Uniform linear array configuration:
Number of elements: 64
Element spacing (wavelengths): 0.25
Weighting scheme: blackman
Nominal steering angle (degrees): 15
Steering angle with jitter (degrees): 15.221
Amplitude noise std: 0.05
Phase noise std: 0.05

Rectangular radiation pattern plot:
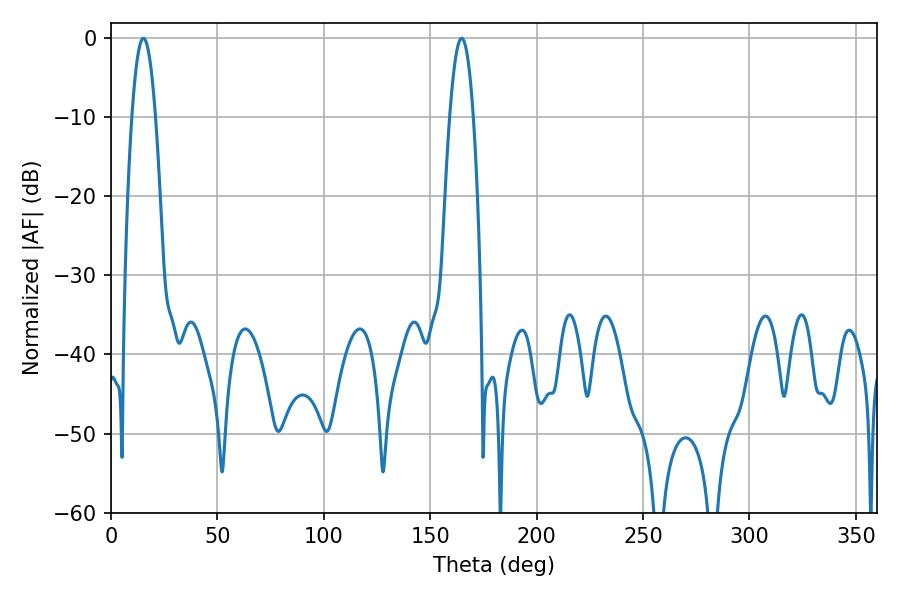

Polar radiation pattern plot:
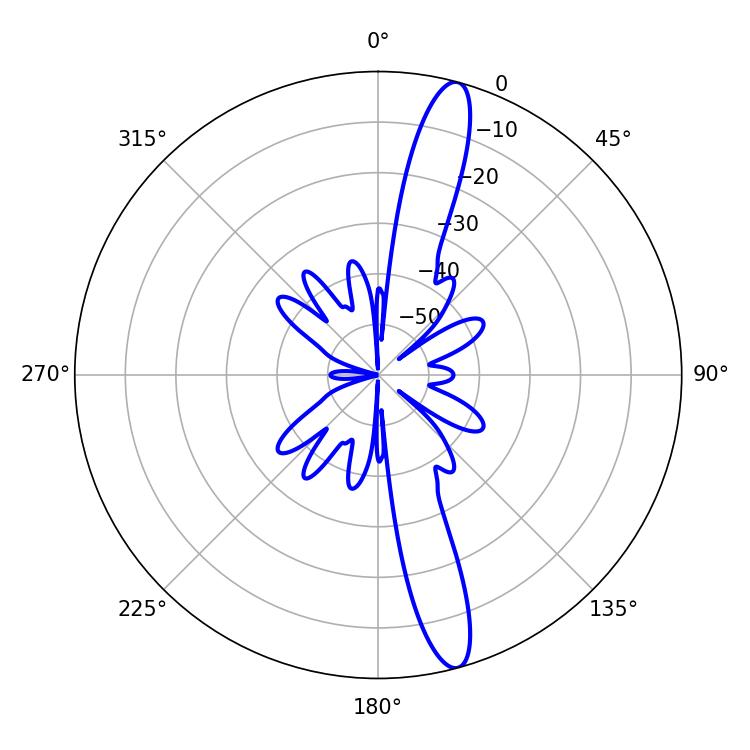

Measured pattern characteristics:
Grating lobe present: FALSE
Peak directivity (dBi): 15.182
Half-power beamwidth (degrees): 6.12
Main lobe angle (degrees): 15.3